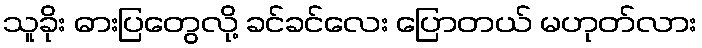
သူခိုး ဓားပြတွေလို့ ခင်ခင်လေး ပြောတယ် မဟုတ်လား